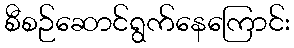
စီစဉ်ဆောင်ရွက်နေကြောင်း